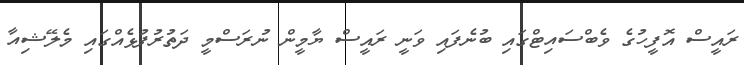
ރައީސް އޮފީހުގެ ވެބްސައިޓްގައި ބުނެފައި ވަނީ ރައީސް ޔާމީން ނުރަސްމީ ދަތުރުފުޅެއްގައި މެލޭޝިއާ